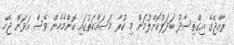
ރާއްޖޭގެ އިގްތިސާދު ބަދަލުކޮށްލުމަށް މި ކުރާ މަސައްކަތުގައި ކޮންމެހެން ވެސް އަޅަން ޖެހޭ